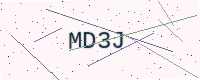
Text: MD3J